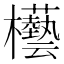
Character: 𣡊